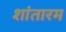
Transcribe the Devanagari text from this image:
शांतारम